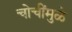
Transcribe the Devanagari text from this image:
चोचींमुळे